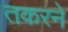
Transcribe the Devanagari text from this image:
तकरने